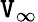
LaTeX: \mathtt{V}_{\infty}